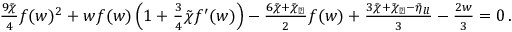
\begin{array} { r } { \frac { 9 \tilde { \chi } } { 4 } f ( w ) ^ { 2 } + w f ( w ) \left( 1 + \frac { 3 } { 4 } \tilde { \chi } f ^ { \prime } ( w ) \right) - \frac { 6 \tilde { \chi } + \tilde { \chi } _ { \perp } } { 2 } f ( w ) + \frac { 3 \tilde { \chi } + \tilde { \chi } _ { \perp } - \tilde { \eta } _ { l l } } { 3 } - \frac { 2 w } { 3 } = 0 \, . } \end{array}